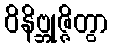
ဝိနိဗ္ဘုဇ္ဇိတွာ